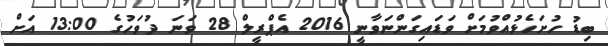
ބިޑު ހުށަހެޅުއްވުމަށް ވަޑައިގަންނަވާނީ 2016 އެޕްރީލް 28 ވަނަ ދުވަހުގެ 13:00 އަށް